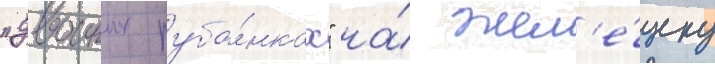
"двоиных руба́нках" на́ жел'е́зку